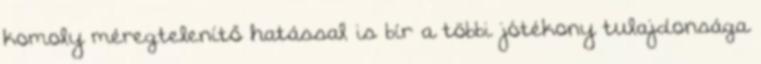
komoly méregtelenítő hatással is bír a többi jótékony tulajdonsága